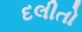
દલીતો